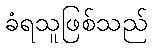
ခံရသူဖြစ်သည်